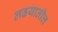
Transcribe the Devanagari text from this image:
लढयातील